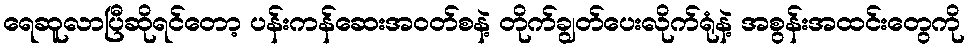
ရေဆူလာပြီဆိုရင်တော့ ပန်းကန်ဆေးအဝတ်စနဲ့ တိုက်ချွတ်ပေးလိုက်ရုံနဲ့ အစွန်းအထင်းတွေကို